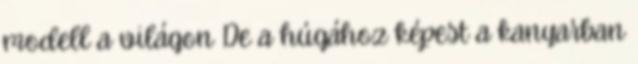
modell a világon De a húgához képest a kanyarban